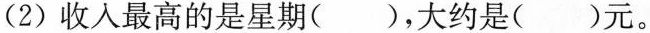
(2)收入最高的是星期()，大约是( )元。